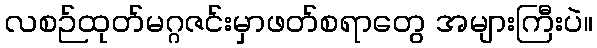
လစဉ်ထုတ်မဂ္ဂဇင်းမှာဖတ်စရာတွေ အများကြီးပဲ။